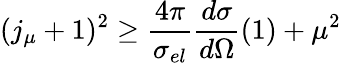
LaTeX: (j_{\mu}+1)^{2}\ge\frac{4\pi}{\sigma_{el}}\frac{d\sigma}{d\Omega}(1)+\mu^{2}